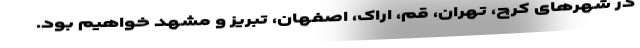
در شهر‌های کرج، تهران، قم، اراک، اصفهان، تبریز و مشهد خواهیم بود.